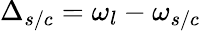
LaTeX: \Delta_{s/c}=\omega_{l}-\omega_{s/c}